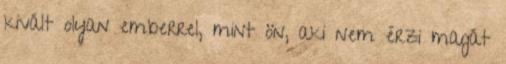
kivált olyan emberrel, mint ön, aki nem érzi magát